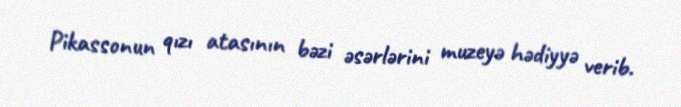
Pikassonun qızı atasının bəzi əsərlərini muzeyə hədiyyə verib.